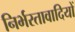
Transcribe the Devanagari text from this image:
निर्भरतावादियों